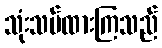
သုံးသပ်ထားကြသည်